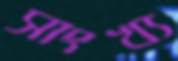
সাংখ্য